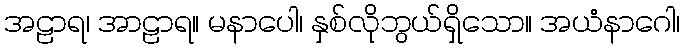
အဠာရ၊ အာဠာရ။ မနာပေါ၊ နှစ်လိုဘွယ်ရှိသော။ အယံနာဂေါ၊